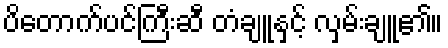
ပိတောက်ပင်ကြီးဆီ တံချူနှင့် လှမ်းချူ၏။